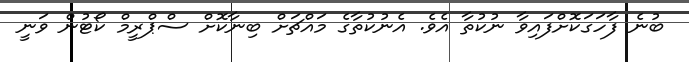
ބުނެ ފާހަގަކޮށްފައިވާ ނުކުތާ އެވެ. އެނުކުތާގެ މައްޗަށް ބިނާކޮށް ސްޕްރީމް ކޯޓުން ވަނީ